Report of the Municipal Commissioner on the plague in Bombay for the year ending 31st May... - Volume 1
Disease focus: Plague
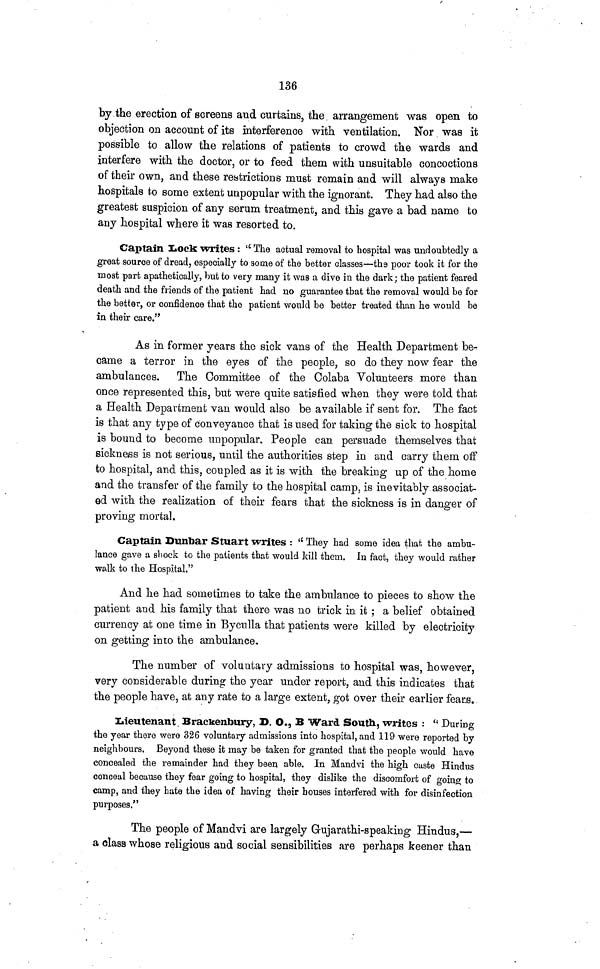
136
by the erection of screens and curtains, the arrangement was open to
objection on account of its interference with ventilation. Nor was it
possible to allow the relations of patients to crowd the wards and
interfere with the doctor, or to feed them with unsuitable concoctions
of their own, and these restrictions must remain and will always make
hospitals to some extent unpopular with the ignorant. They had also the
greatest suspicion of any serum treatment, and this gave a bad name to
any hospital where it was resorted to.
Captain Lock writes : "The actual removal to hospital was undoubtedly a
great source of dread, especially to some of the better classes—the poor took it for the
most part apathetically, but to very many it was a dive in the dark; the patient feared
death and the friends of the patient had no guarantee that the removal would be for
the better, or confidence that the patient would be better treated than he would be
in their care."
As in former years the sick vans of the Health Department be-
came a terror in the eyes of the people, so do they now fear the
ambulances. The Committee of the Colaba Volunteers more than
once represented this, but were quite satisfied when they were told that
a Health Department van would also be available if sent for. The fact
is that any type of conveyance that is used for taking the sick to hospital
is bound to become unpopular. People can persuade themselves that
sickness is not serious, until the authorities step in and carry them off
to hospital, and this, coupled as it is with the breaking up of the home
and the transfer of the family to the hospital camp, is inevitably associat-
ed with the realization of their fears that the sickness is in danger of
proving mortal.
Captain Dunbar Stuart writes : "They had some idea that the ambu-
lance gave a shock to the patients that would kill them. In fact, they would rather
walk to the Hospital."
And he had sometimes to take the ambulance to pieces to show the
patient aud his family that there was no trick in it ; a belief obtained
currency at one time in Byculla that patients were killed by electricity
on getting into the ambulance.
The number of voluntary admissions to hospital was, however,
very considerable during the year under report, aud this indicates that
the people have, at any rate to a large extent, got over their earlier fears.
Lieutenant Brackenbury, D. O., B Ward South, writes : "During
the year there were 326 voluntary admissions into hospital, and 119 were reported by
neighbours. Beyond these it may be taken for granted that the people would have
concealed the remainder had they been able. In Mandvi the high caste Hindus
conceal because they fear going to hospital, they dislike the discomfort of going to
camp, and they hate the idea of having their houses interfered with for disinfection
purposes."
The people of Mandvi are largely Gujarathi-speaking Hindus,—
a class whose religious and social sensibilities are perhaps keener than